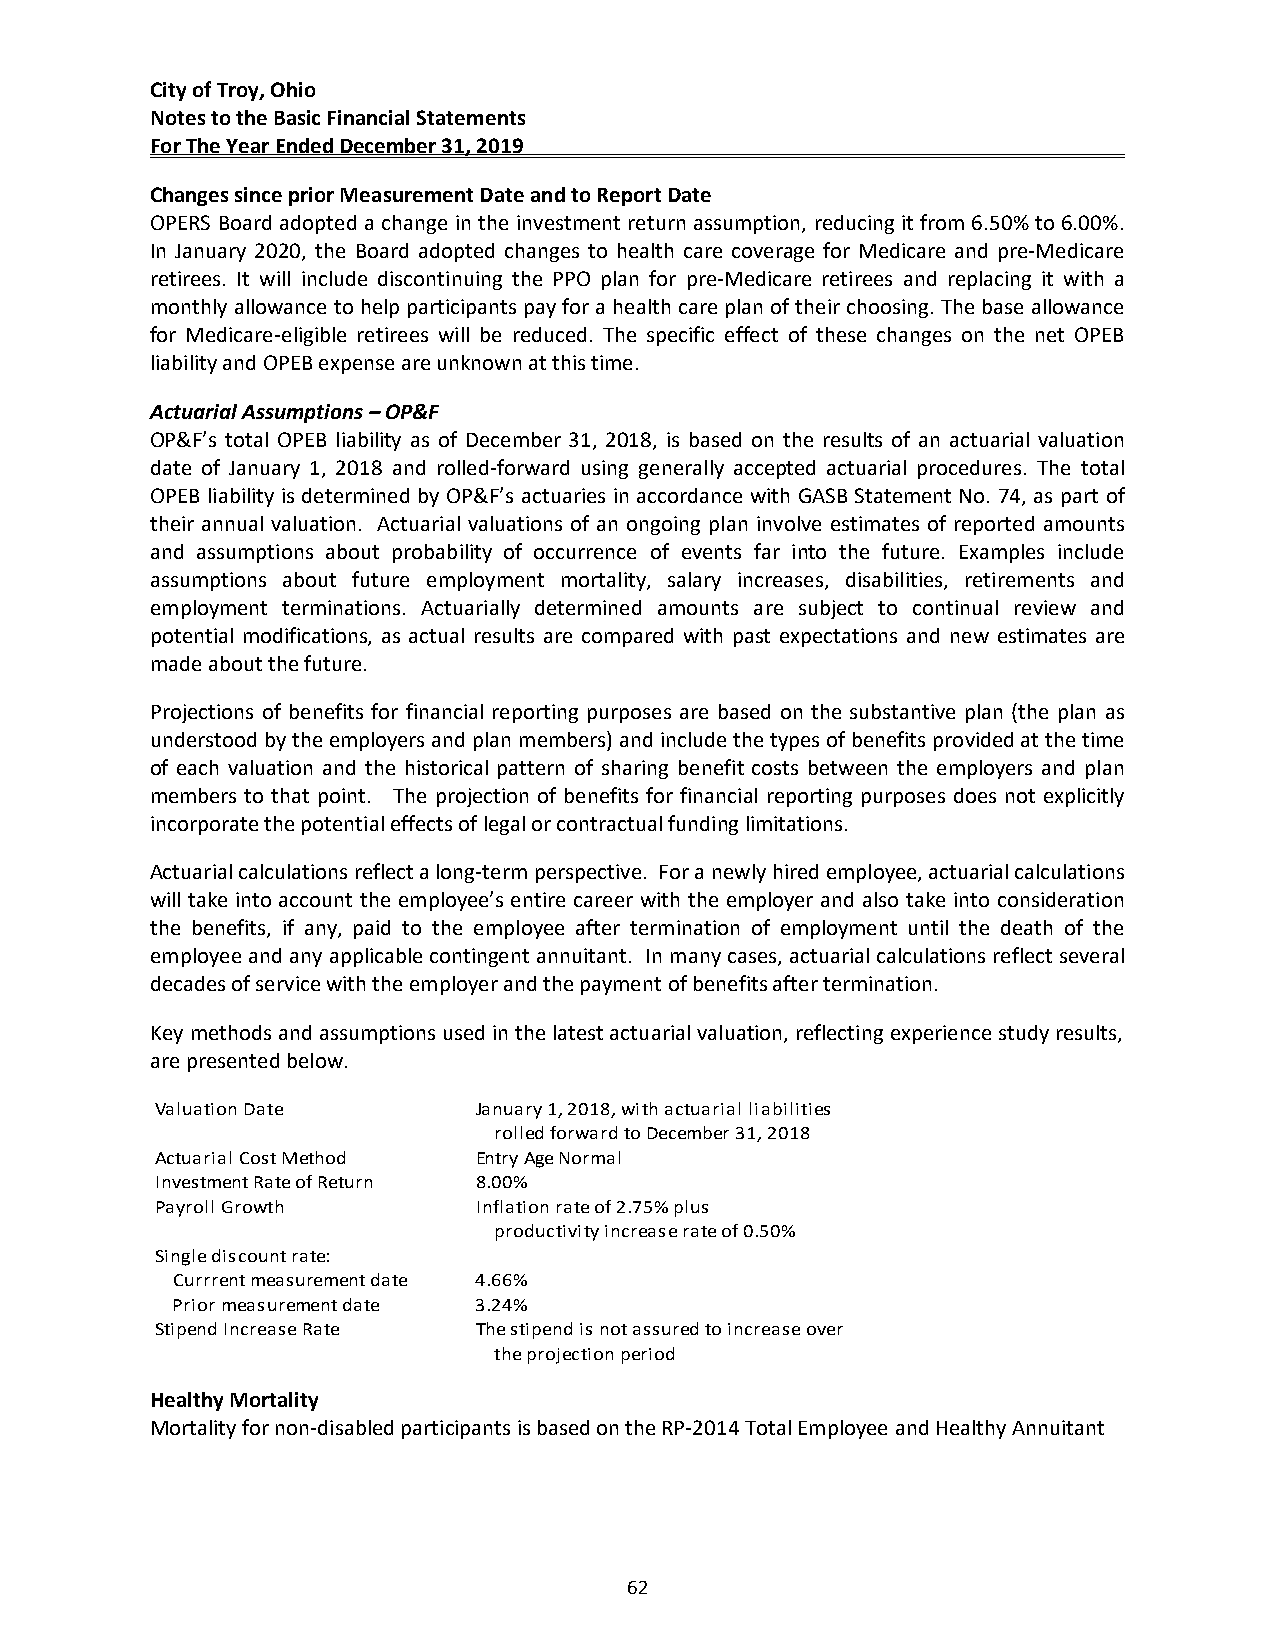
City of Troy, Ohio
 Notes to the Basic Financial Statements
 For The Year Ended December 31, 2019
 Changes since prior Measurement Date and to Report Date
 OPERS Board adopted a change in the investment return assumption, reducing it from 6.50% to 6.00%.
 In January 2020, the Board adopted changes to health care coverage for Medicare and pre‐Medicare
 retirees. It will include discontinuing the PPO plan for pre‐Medicare retirees and replacing it with a
 monthly allowance to help participants pay for a health care plan of their choosing. The base allowance
 for Medicare‐eligible retirees will be reduced. The specific effect of these changes on the net OPEB
 liability and OPEB expense are unknown at this time.
 Actuarial Assumptions – OP&F
 OP&F’s total OPEB liability as of December 31, 2018, is based on the results of an actuarial valuation
 date of January 1, 2018 and rolled‐forward using generally accepted actuarial procedures. The total
 OPEB liability is determined by OP&F’s actuaries in accordance with GASB Statement No. 74, as part of
 their annual valuation. Actuarial valuations of an ongoing plan involve estimates of reported amounts
 and assumptions about probability of occurrence of events far into the future. Examples include
 assumptions about future employment mortality, salary increases, disabilities, retirements and
 employment terminations. Actuarially determined amounts are subject to continual review and
 potential modifications, as actual results are compared with past expectations and new estimates are
 made about the future.
 Projections of benefits for financial reporting purposes are based on the substantive plan (the plan as
 understood by the employers and plan members) and include the types of benefits provided at the time
 of each valuation and the historical pattern of sharing benefit costs between the employers and plan
 members to that point. The projection of benefits for financial reporting purposes does not explicitly
 incorporate the potential effects of legal or contractual funding limitations.
 Actuarial calculations reflect a long‐term perspective. For a newly hired employee, actuarial calculations
 will take into account the employee’s entire career with the employer and also take into consideration
 the benefits, if any, paid to the employee after termination of employment until the death of the
 employee and any applicable contingent annuitant. In many cases, actuarial calculations reflect several
 decades of service with the employer and the payment of benefits after termination.
 Key methods and assumptions used in the latest actuarial valuation, reflecting experience study results,
 are presented below.
 Valuation Date       January 1, 2018, with actuarial liabilities
 rolled forward to December 31, 2018
 Actuarial Cost Method Entry Age Normal
 Investment Rate of Return 8.00%
 Payroll Growth       Inflation rate of 2.75% plus
 productivity increase rate of 0.50%
 Single discount rate:
 Currrent measurement date 4.66%
 Prior measurement date 3.24%
 Stipend Increase Rate The stipend is not assured to increase over
 the projection period
 Healthy Mortality
 Mortality for non‐disabled participants is based on the RP‐2014 Total Employee and Healthy Annuitant
 62